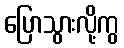
ပြောသွားလို့ကွ